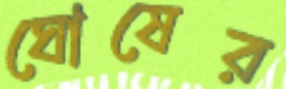
ঘোষের